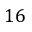
1 6